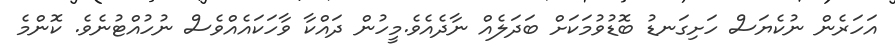
އަހަރެން ނުކެޔަސް ހަށިގަނޑު ބޮޑުވުމަކަށް ބަދަލެއް ނާދެއެވެ.މީހުން ދައްކާ ވާހަކައެއްވެސް ނުހުއްޓުނެވެ. ކޮންމެ